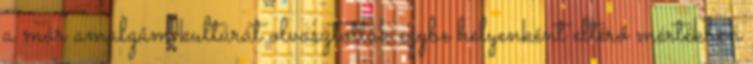
a már amalgám kultúrát olvasztották egybe helyenként eltérő mértékben